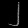
Digit: ၂